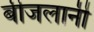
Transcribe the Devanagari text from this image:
बीजलानी